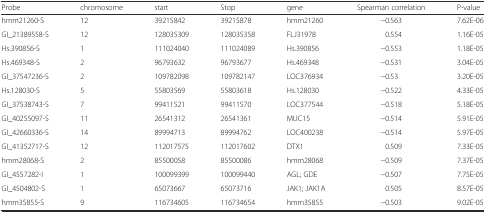
| Probe | chromosome | start | Stop | gene | Spearman correlation | P-value |
 | --- | --- | --- | --- | --- | --- | --- |
 | hmm21260-S | 12 | 39215842 | 39215878 | hmm21260 | −0.563 | 7.62E-06 |
 | GI_21389558-S | 12 | 128035309 | 128035358 | FLJ31978 | 0.554 | 1.16E-05 |
 | Hs.390856-S | 1 | 111024040 | 111024089 | Hs.390856 | −0.553 | 1.18E-05 |
 | Hs.469348-S | 2 | 96793632 | 96793677 | Hs.469348 | −0.531 | 3.04E-05 |
 | GI_37547236-S | 2 | 109782098 | 109782147 | LOC376934 | −0.53 | 3.20E-05 |
 | Hs.128030-S | 5 | 55803569 | 55803618 | Hs.128030 | −0.522 | 4.33E-05 |
 | GI_37538743-S | 7 | 99411521 | 99411570 | LOC377544 | −0.518 | 5.18E-05 |
 | GI_40255097-S | 11 | 26541312 | 26541361 | MUC15 | −0.514 | 5.91E-05 |
 | GI_42660336-S | 14 | 89994713 | 89994762 | LOC400238 | −0.514 | 5.97E-05 |
 | GI_41352717-S | 12 | 112017575 | 112017602 | DTX1 | 0.509 | 7.33E-05 |
 | hmm28068-S | 2 | 85500058 | 85500086 | hmm28068 | −0.509 | 7.37E-05 |
 | GI_4557282-I | 1 | 100099399 | 100099440 | AGL; GDE | −0.507 | 7.75E-05 |
 | GI_4504802-S | 1 | 65073667 | 65073716 | JAK1; JAK1A | 0.505 | 8.57E-05 |
 | hmm35855-S | 9 | 116734605 | 116734654 | hmm35855 | −0.503 | 9.02E-05 |